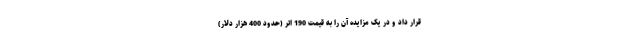
قرار داد و در یک مزایده آن را به قیمت 190 اتر (حدود 400 هزار دلار)